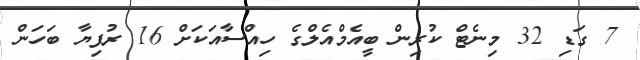
7 ގަޑި 32 މިނެޓް ކުރިން ބީއެމްއެލްގެ ހިއްސާއަކަށް 16 ރުފިޔާ ބަހަން